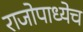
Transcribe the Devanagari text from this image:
राजोपाध्येच